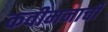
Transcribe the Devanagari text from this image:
कवीमनाची